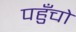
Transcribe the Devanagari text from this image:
पहुँचो